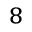
^ 8